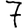
Digit: 7